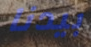
بيدنا